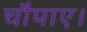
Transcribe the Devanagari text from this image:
चौपाए।